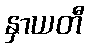
နှာယတီ